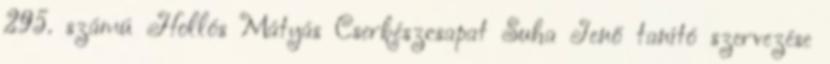
295. számú Hollós Mátyás Cserkészcsapat Suha Jenő tanító szervezése